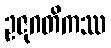
ဥဇုဂတိကဿ